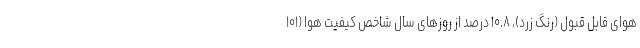
هوای قابل قبول (رنگ زرد)، ۱۰.۸ درصد از روزهای سال شاخص کیفیت هوا (۱۰۱